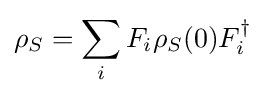
\rho _{S}=\sum _{i}F_{i}\rho _{S}(0)F_{i}^{\dagger }